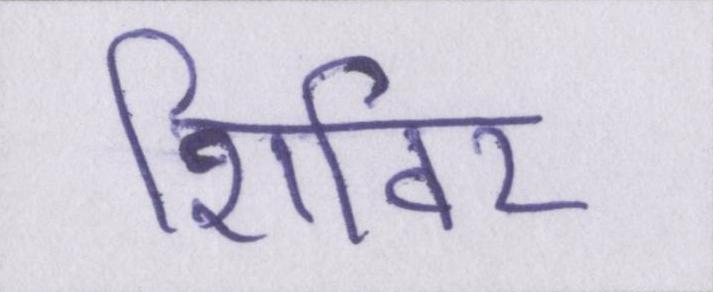
शिविर